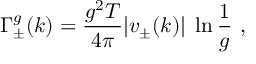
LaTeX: \Gamma _ { \pm } ^ { g } ( k ) = \frac { g ^ { 2 } T } { 4 \pi } | v _ { \pm } ( k ) | \; \ln \frac { 1 } { g } ~ ,